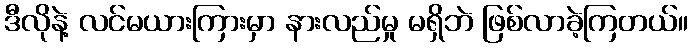
ဒီလိုနဲ့ လင်မယားကြားမှာ နားလည်မှု မရှိဘဲ ဖြစ်လာခဲ့ကြတယ်။